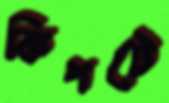
কিপটে